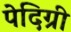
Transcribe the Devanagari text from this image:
पेदिग्री